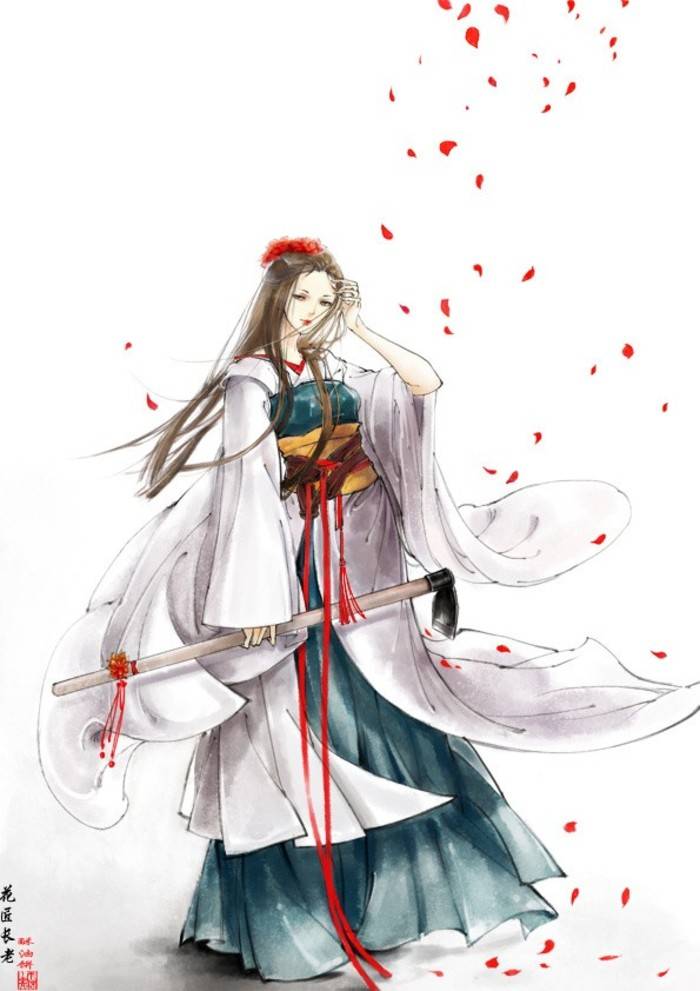
月明星稀，乌鹊南飞。绕树三匝，何枝可依？